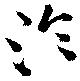
淪